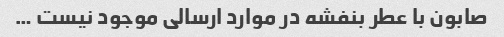
صابون با عطر بنفشه در موارد ارسالی موجود نیست …